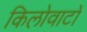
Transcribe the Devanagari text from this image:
किलोवाटों